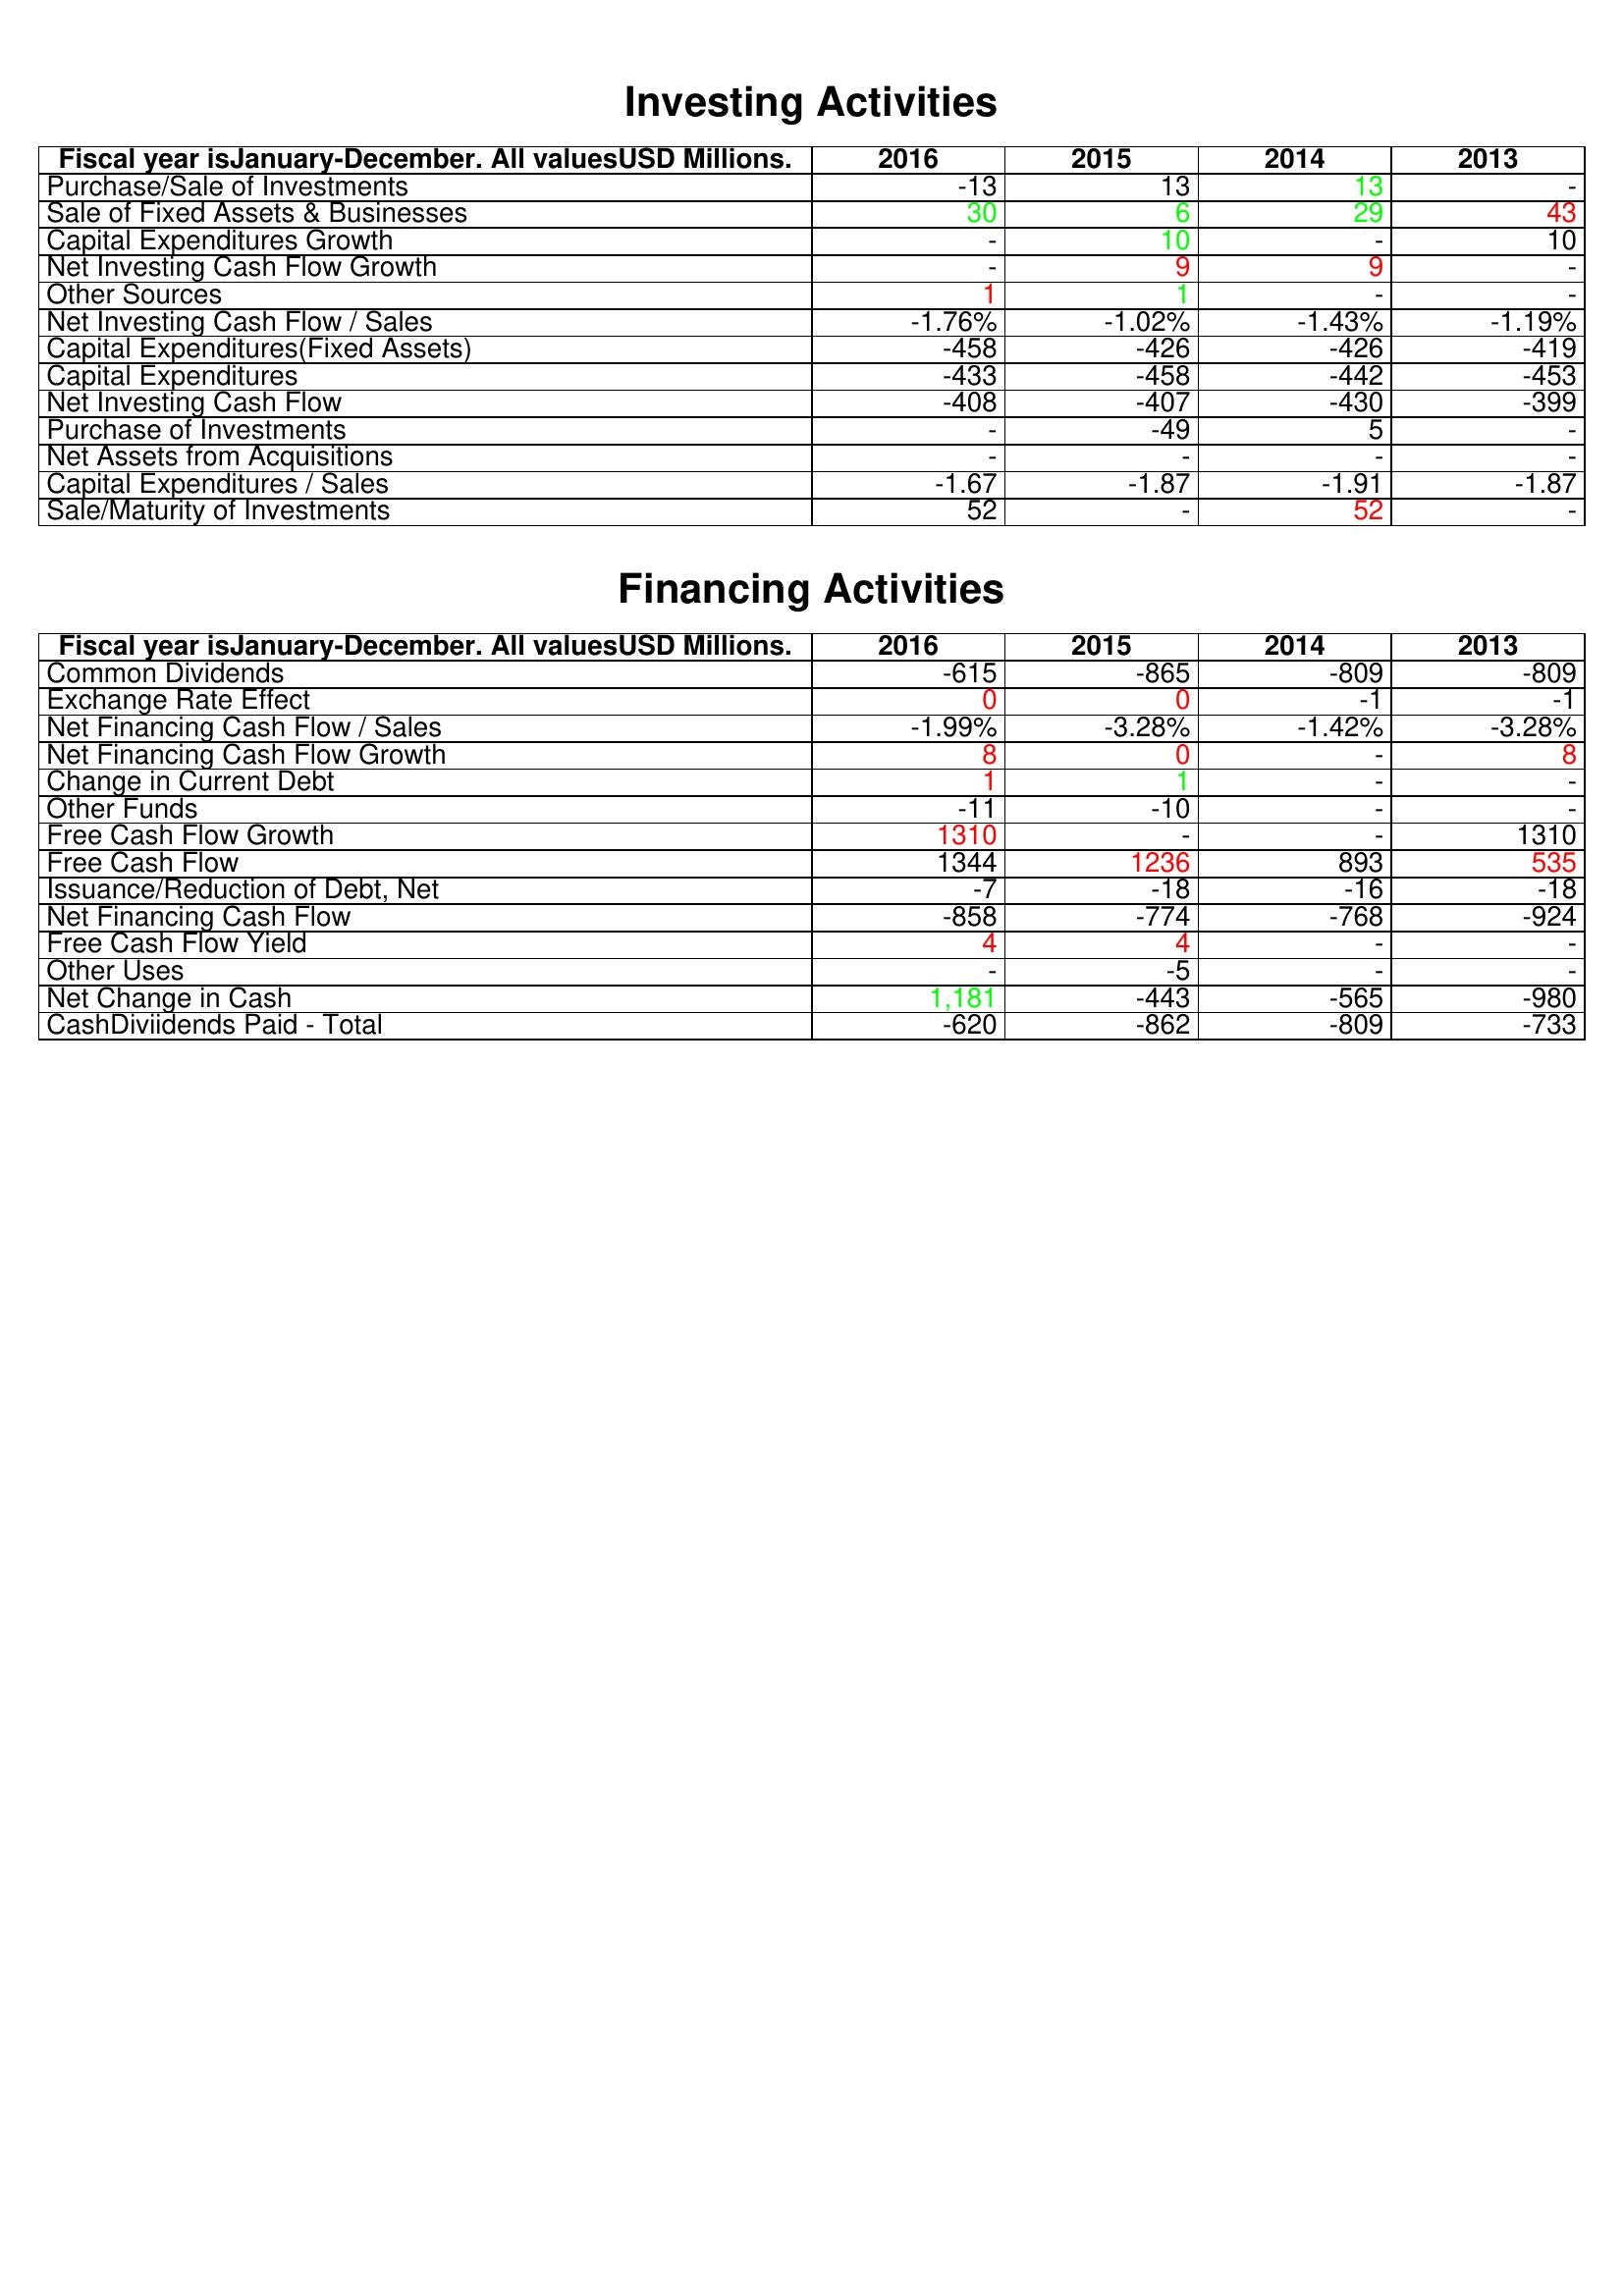
gt_parse: 2016: Investing Activities: Purchase/Sale of Investments: -13
Sale of Fixed Assets & Businesses: 30
Capital Expenditures Growth: -
Net Investing Cash Flow Growth: -
Other Sources: 1
Net Investing Cash Flow / Sales: -1.76%
Capital Expenditures(Fixed Assets): -458
Capital Expenditures: -433
Net Investing Cash Flow: -408
Purchase of Investments: -
Net Assets from Acquisitions: -
Capital Expenditures / Sales: -1.67
Sale/Maturity of Investments: 52
Financing Activities: Common Dividends: -615
Exchange Rate Effect: 0
Net Financing Cash Flow / Sales: -1.99%
Net Financing Cash Flow Growth: 8
Change in Current Debt: 1
Other Funds: -11
Free Cash Flow Growth: 1310
Free Cash Flow: 1344
Issuance/Reduction of Debt, Net: -7
Net Financing Cash Flow: -858
Free Cash Flow Yield: 4
Other Uses: -
Net Change in Cash: 1,181
CashDiviidends Paid - Total: -620
2015: Investing Activities: Purchase/Sale of Investments: 13
Sale of Fixed Assets & Businesses: 6
Capital Expenditures Growth: 10
Net Investing Cash Flow Growth: 9
Other Sources: 1
Net Investing Cash Flow / Sales: -1.02%
Capital Expenditures(Fixed Assets): -426
Capital Expenditures: -458
Net Investing Cash Flow: -407
Purchase of Investments: -49
Net Assets from Acquisitions: -
Capital Expenditures / Sales: -1.87
Sale/Maturity of Investments: -
Financing Activities: Common Dividends: -865
Exchange Rate Effect: 0
Net Financing Cash Flow / Sales: -3.28%
Net Financing Cash Flow Growth: 0
Change in Current Debt: 1
Other Funds: -10
Free Cash Flow Growth: -
Free Cash Flow: 1236
Issuance/Reduction of Debt, Net: -18
Net Financing Cash Flow: -774
Free Cash Flow Yield: 4
Other Uses: -5
Net Change in Cash: -443
CashDiviidends Paid - Total: -862
2014: Investing Activities: Purchase/Sale of Investments: 13
Sale of Fixed Assets & Businesses: 29
Capital Expenditures Growth: -
Net Investing Cash Flow Growth: 9
Other Sources: -
Net Investing Cash Flow / Sales: -1.43%
Capital Expenditures(Fixed Assets): -426
Capital Expenditures: -442
Net Investing Cash Flow: -430
Purchase of Investments: 5
Net Assets from Acquisitions: -
Capital Expenditures / Sales: -1.91
Sale/Maturity of Investments: 52
Financing Activities: Common Dividends: -809
Exchange Rate Effect: -1
Net Financing Cash Flow / Sales: -1.42%
Net Financing Cash Flow Growth: -
Change in Current Debt: -
Other Funds: -
Free Cash Flow Growth: -
Free Cash Flow: 893
Issuance/Reduction of Debt, Net: -16
Net Financing Cash Flow: -768
Free Cash Flow Yield: -
Other Uses: -
Net Change in Cash: -565
CashDiviidends Paid - Total: -809
2013: Investing Activities: Purchase/Sale of Investments: -
Sale of Fixed Assets & Businesses: 43
Capital Expenditures Growth: 10
Net Investing Cash Flow Growth: -
Other Sources: -
Net Investing Cash Flow / Sales: -1.19%
Capital Expenditures(Fixed Assets): -419
Capital Expenditures: -453
Net Investing Cash Flow: -399
Purchase of Investments: -
Net Assets from Acquisitions: -
Capital Expenditures / Sales: -1.87
Sale/Maturity of Investments: -
Financing Activities: Common Dividends: -809
Exchange Rate Effect: -1
Net Financing Cash Flow / Sales: -3.28%
Net Financing Cash Flow Growth: 8
Change in Current Debt: -
Other Funds: -
Free Cash Flow Growth: 1310
Free Cash Flow: 535
Issuance/Reduction of Debt, Net: -18
Net Financing Cash Flow: -924
Free Cash Flow Yield: -
Other Uses: -
Net Change in Cash: -980
CashDiviidends Paid - Total: -733